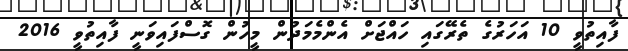
ފާއިތުވީ 10 އަހަރުގެ ތެރޭގައި ހައްޖަށް އެންމެމަދުން މީހުން ގޮސްފައިވަނީ ފާއިތުވީ 2016